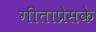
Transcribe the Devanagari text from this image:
गीताप्रेसके